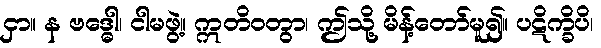
ငှာ။ န ဗဒ္ဓေါ၊ ငါမဖွဲ့။ ဣတိဝတွာ၊ ဤသို့ မိန့်တော်မူ၍။ ပဋိက္ခိပိ၊